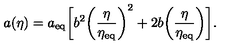
a ( \eta ) = a _ { \mathrm { e q } } \biggl [ b ^ { 2 } \biggl ( \frac { \eta } { \eta _ { \mathrm { e q } } } \biggr ) ^ { 2 } + 2 b \biggl ( \frac { \eta } { \eta _ { \mathrm { e q } } } \biggr ) \biggr ] .